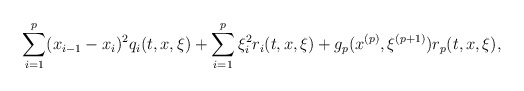
\begin{align*}\sum_{i=1}^p(x_{i-1}-x_i)^2q_i(t, x,\xi)+\sum_{i=1}^p\xi_i^2r_i(t, x,\xi)+g_p(x^{(p)}, \xi^{(p+1)})r_{p}(t, x,\xi),\end{align*}